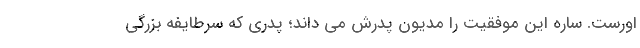
اورست. ساره این موفقیت را مدیون پدرش می داند؛ پدری که سرطایفه بزرگی